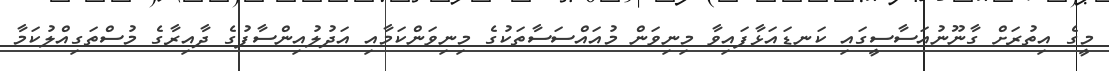
މީގެ އިތުރަށް ގާނޫނުއަސާސީގައި ކަނޑައަޅާފައިވާ މިނިވަން މުއައްސަސާތަކުގެ މިނިވަންކަމާއި އަދުލުއިންސާފުގެ ދާއިރާގެ މުސްތަގިއްލުކަމާ